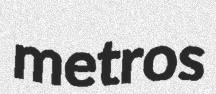
metros